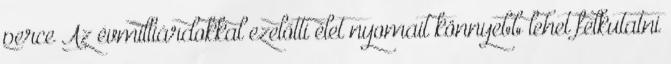
perce Az évmilliárdokkal ezelőtti élet nyomait könnyebb lehet felkutatni